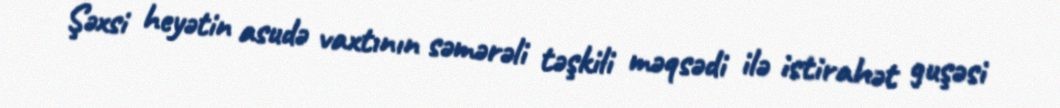
Şəxsi heyətin asudə vaxtının səmərəli təşkili məqsədi ilə istirahət guşəsi